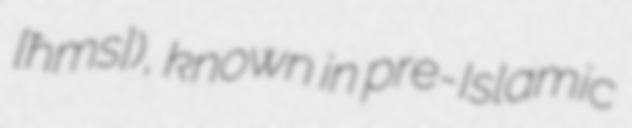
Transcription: [ħɔmsˤ]), known in pre-Islamic